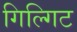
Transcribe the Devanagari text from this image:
गिल्गिट